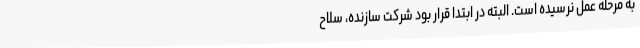
به مرحله عمل نرسیده است. البته در ابتدا قرار بود شرکت سازنده، سلاح